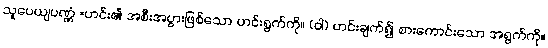
သူပေယျပဏ္ဏံ =ဟင်း၏ အစီးအပွားဖြစ်သော ဟင်းရွက်ကို။ (ဝါ) ဟင်းချက်၍ စားကောင်းသော အရွက်ကို။